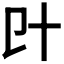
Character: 𠥿